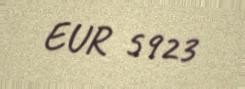
EUR 5923